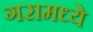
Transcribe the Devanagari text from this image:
गरामध्ये